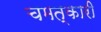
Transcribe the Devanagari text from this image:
चमत्‍कारी